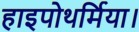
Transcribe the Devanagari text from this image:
हाइपोथर्मिया।